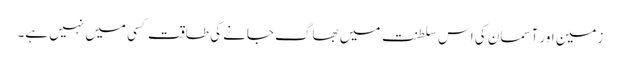
زمین اور آسمان کی اس سلطنت میں بھاگ جانے کی طاقت کسی میں نہیں ہے۔